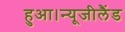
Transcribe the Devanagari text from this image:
हुआ।न्यूजीलैंड